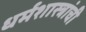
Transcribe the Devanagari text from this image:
धर्मशास्त्रांची